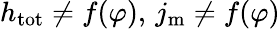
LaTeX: h_{\mathrm{tot}}\neq f(\varphi),\, j_{\mathrm{m}}\neq f(\varphi)